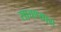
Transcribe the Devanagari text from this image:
साचण्यास